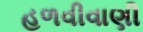
હળવીવાણી